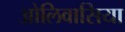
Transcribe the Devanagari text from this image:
ओलिवासिया